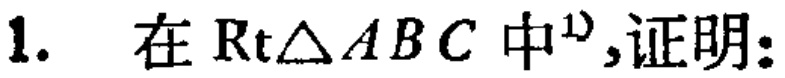
1. 在$\text{Rt}\triangle ABC$中<sup>1</sup>,证明: